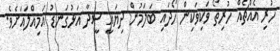
ހުރި އެއްޗެއް ހުރިތޯ ވަކިވަކިން ހޯދައި ބަލަމުން ދިޔައީީ ސީދާ އަޅުގަނޑު އަމިއްލައަށެވެ.